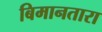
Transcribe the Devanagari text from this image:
बिमानतारा